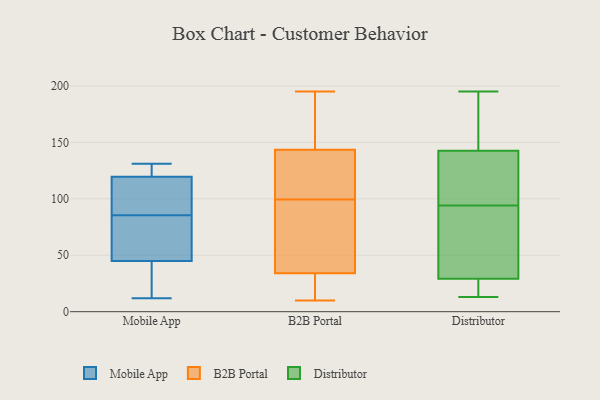
{"axis": {"x": "Humidity (%)", "y": "Value"}, "legend": ["B2B Portal", "Distributor", "Mobile App"], "data": [{"x": "", "y": 116, "type": "Mobile App"}, {"x": "", "y": 119, "type": "Mobile App"}, {"x": "", "y": 131, "type": "Mobile App"}, {"x": "", "y": 12, "type": "Mobile App"}, {"x": "", "y": 120, "type": "Mobile App"}, {"x": "", "y": 78, "type": "Mobile App"}, {"x": "", "y": 49, "type": "Mobile App"}, {"x": "", "y": 129, "type": "Mobile App"}, {"x": "", "y": 32, "type": "Mobile App"}, {"x": "", "y": 55, "type": "Mobile App"}, {"x": "", "y": 93, "type": "Mobile App"}, {"x": "", "y": 41, "type": "Mobile App"}, {"x": "", "y": 35, "type": "B2B Portal"}, {"x": "", "y": 110, "type": "B2B Portal"}, {"x": "", "y": 14, "type": "B2B Portal"}, {"x": "", "y": 14, "type": "B2B Portal"}, {"x": "", "y": 33, "type": "B2B Portal"}, {"x": "", "y": 88, "type": "B2B Portal"}, {"x": "", "y": 66, "type": "B2B Portal"}, {"x": "", "y": 10, "type": "B2B Portal"}, {"x": "", "y": 132, "type": "B2B Portal"}, {"x": "", "y": 23, "type": "B2B Portal"}, {"x": "", "y": 89, "type": "B2B Portal"}, {"x": "", "y": 162, "type": "B2B Portal"}, {"x": "", "y": 98, "type": "B2B Portal"}, {"x": "", "y": 195, "type": "B2B Portal"}, {"x": "", "y": 117, "type": "B2B Portal"}, {"x": "", "y": 101, "type": "B2B Portal"}, {"x": "", "y": 155, "type": "B2B Portal"}, {"x": "", "y": 191, "type": "B2B Portal"}, {"x": "", "y": 119, "type": "B2B Portal"}, {"x": "", "y": 184, "type": "B2B Portal"}, {"x": "", "y": 107, "type": "Distributor"}, {"x": "", "y": 24, "type": "Distributor"}, {"x": "", "y": 13, "type": "Distributor"}, {"x": "", "y": 20, "type": "Distributor"}, {"x": "", "y": 59, "type": "Distributor"}, {"x": "", "y": 94, "type": "Distributor"}, {"x": "", "y": 29, "type": "Distributor"}, {"x": "", "y": 158, "type": "Distributor"}, {"x": "", "y": 61, "type": "Distributor"}, {"x": "", "y": 146, "type": "Distributor"}, {"x": "", "y": 195, "type": "Distributor"}, {"x": "", "y": 123, "type": "Distributor"}, {"x": "", "y": 132, "type": "Distributor"}, {"x": "", "y": 30, "type": "Distributor"}, {"x": "", "y": 195, "type": "Distributor"}]}